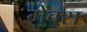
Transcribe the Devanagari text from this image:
मेंक्स